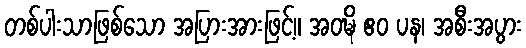
တစ်ပါးသာဖြစ်သော အပြားအားဖြင့်။ အဝဍ္ဎိ ဧဝ ပန၊ အစီးအပွား